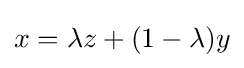
x=\lambda z+(1-\lambda )y